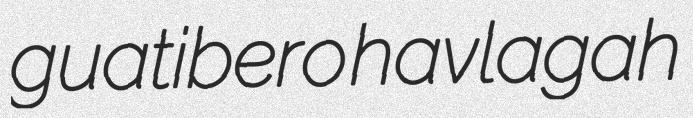
guatibero havlagah